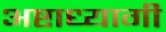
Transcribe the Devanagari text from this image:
अष्टाध्यागी